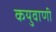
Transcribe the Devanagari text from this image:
कयुवाणी